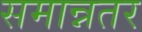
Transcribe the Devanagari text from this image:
समान्नतर